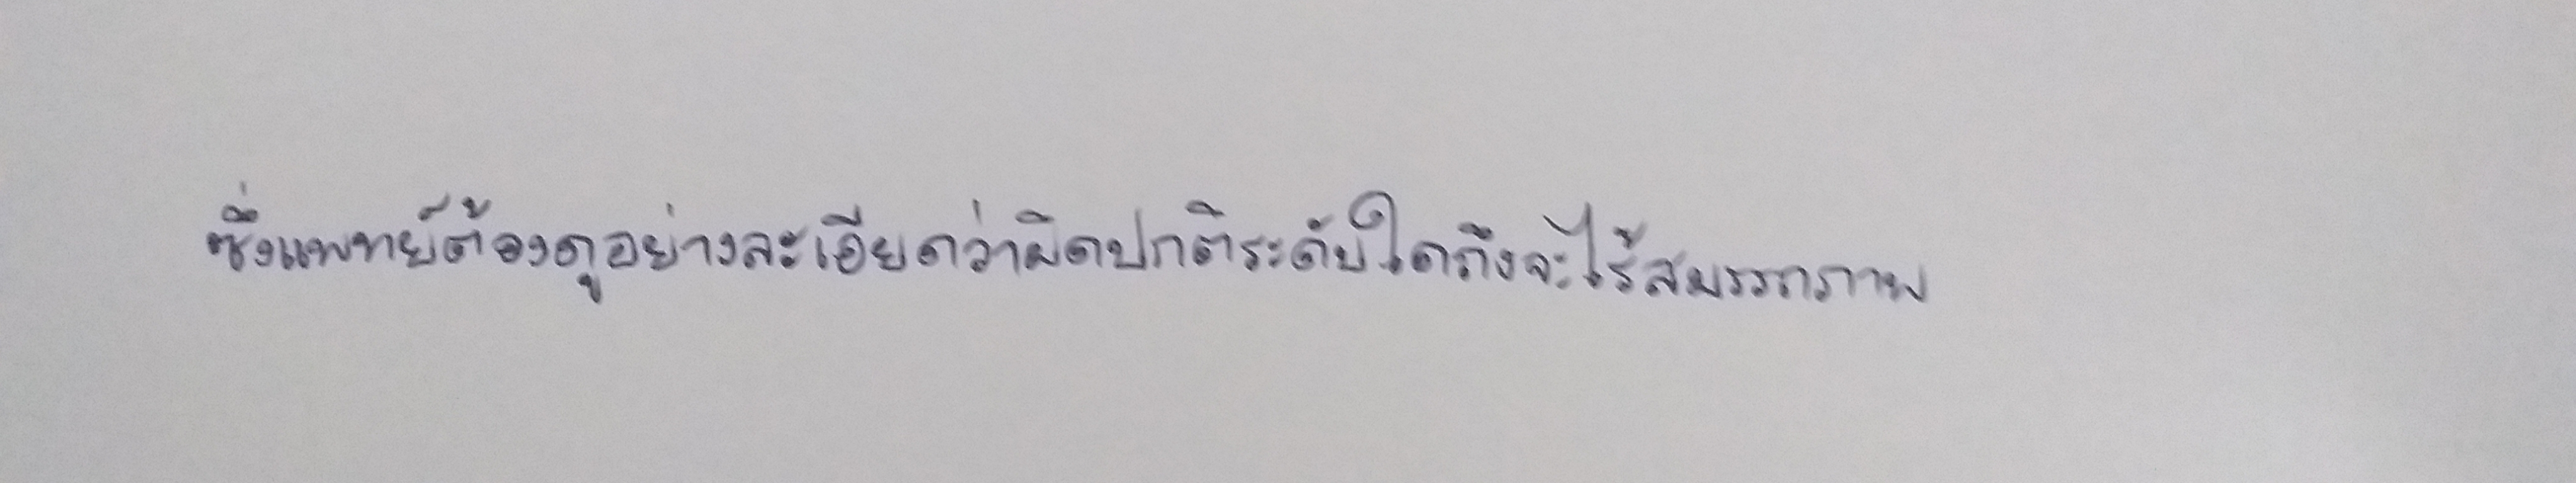
ซึ่งแพทย์ต้องดูอย่างละเอียดว่าผิดปกติระดับใดถึงจะไร้สมรรถภาพ